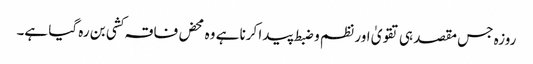
روزہ جس مقصد ہی تقویٰ اور نظم و ضبط پیدا کرنا ہے وہ محض فاقہ کشی بن رہ گیا ہے۔